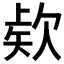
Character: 𭭎